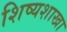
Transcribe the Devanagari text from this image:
शिष्यशाखा